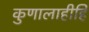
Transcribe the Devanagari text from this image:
कुणालाहीहि